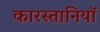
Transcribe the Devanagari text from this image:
कारस्तानियॉ